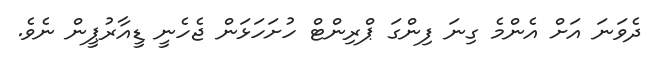
ދެވަނަ އަށް އެންމެ ގިނަ ފިންގަ ޕްރިންޓް ހުށަހަޅަން ޖެހެނީ ޑީއާރުޕީން ނެވެ.